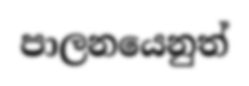
පාලනයෙනුත්